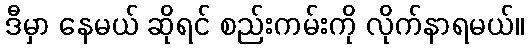
ဒီမှာ နေမယ် ဆိုရင် စည်းကမ်းကို လိုက်နာရမယ်။